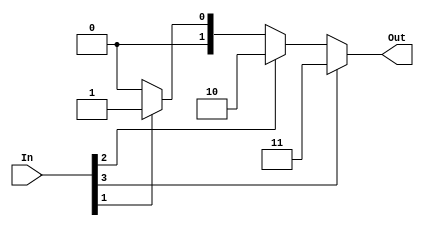
module Four_Bit_Encoder_Second_implementation (In,Out);
	input      [3:0] In;
	output reg [1:0] Out;

	always@(In) begin
		if(In[3] == 1)
			Out = 2'b11;
		else if(In[2] == 1)
			Out = 2'b10;
		else if(In[1] == 1)
			Out = 2'b01;
		else 
			Out = 2'b00;
	end
endmodule